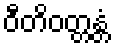
ဝီတိဝတ္တန္တံ